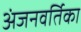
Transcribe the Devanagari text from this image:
अंजनवर्तिका